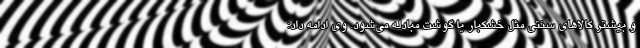
و بیشتر کالاهای سنتی مثل خشکبار یا گوشت مبادله می‌شود. وی ادامه داد: